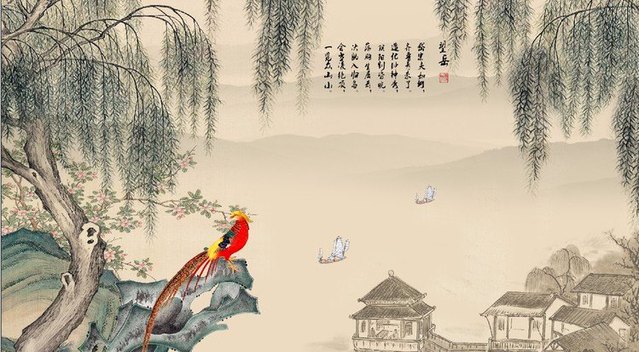
今宵酒醒何处？杨柳岸，晓风残月。